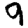
Digit: 9